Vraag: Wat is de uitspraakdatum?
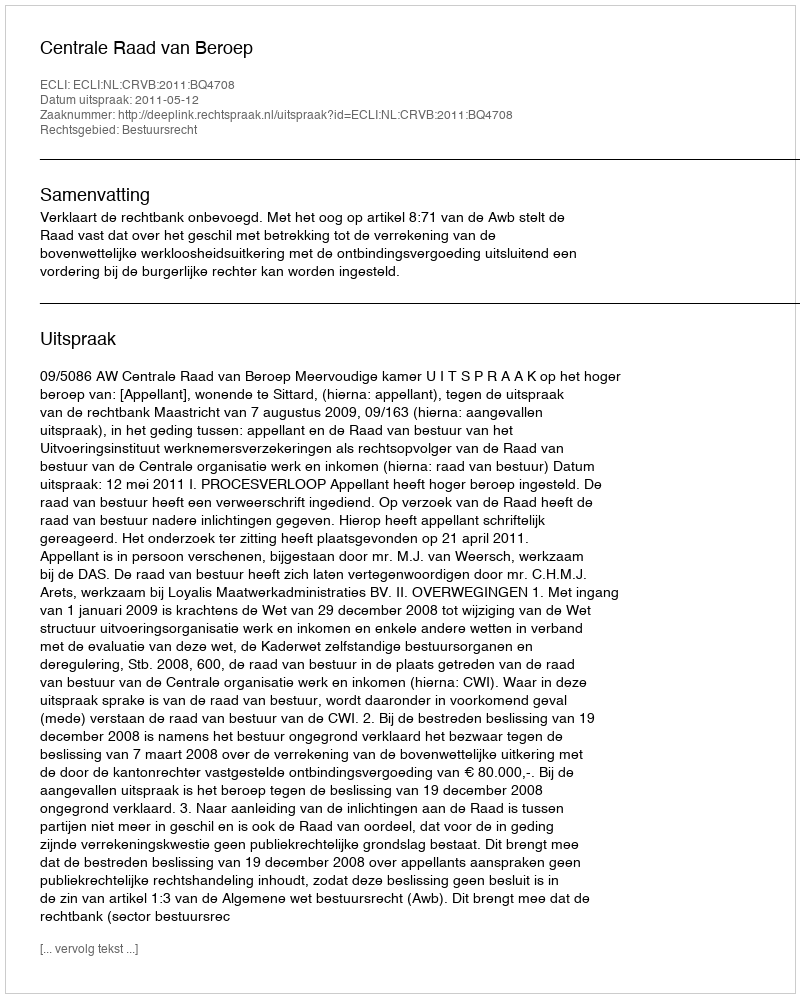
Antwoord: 2011-05-12